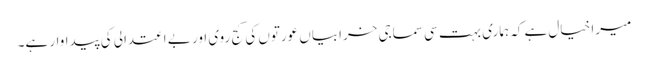
میرا خیال ہے کہ ہماری بہت سی سماجی خرابیاں عورتوں کی کج روی اور بے اعتدالی کی پیداوار ہے۔